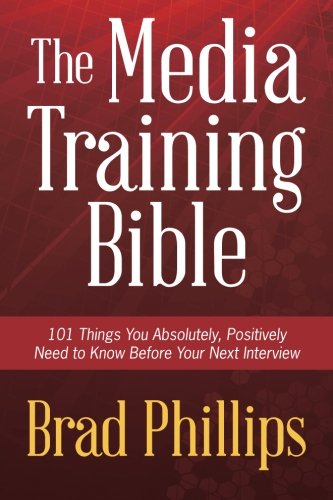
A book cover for The Media Training Bible: 101 Things You Absolutely, Positively Need To Know Before Your Next Interview; Brad Phillips; Business & Money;